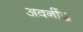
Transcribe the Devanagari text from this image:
अवनींद्र